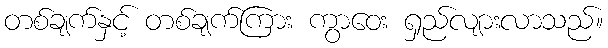
တစ်ချက်နှင့် တစ်ချက်ကြား ကွာဝေး ရှည်လျားလာသည်။